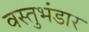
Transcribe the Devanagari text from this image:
वस्तुभंडार